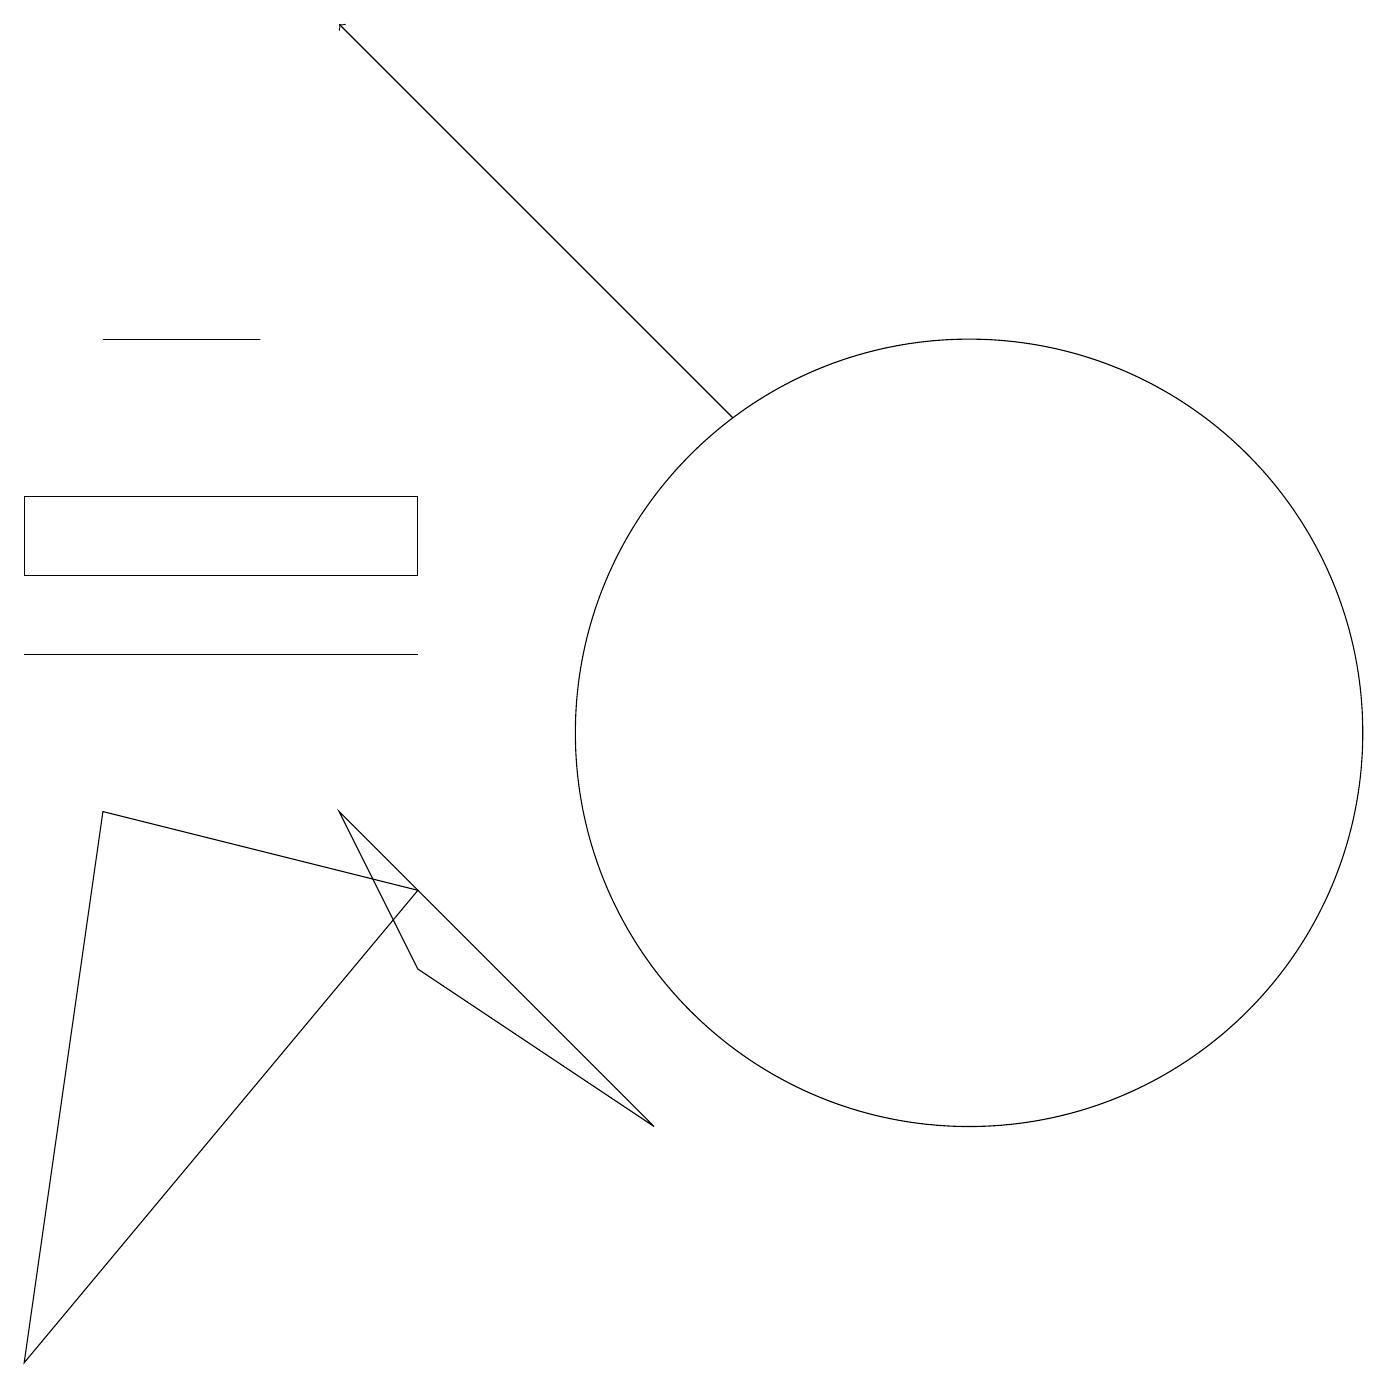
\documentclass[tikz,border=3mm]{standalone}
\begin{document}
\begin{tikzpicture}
\draw (0,13) rectangle (5,12);
\draw (0,2) -- (5,8) -- (1,9) -- cycle;
\draw (5,11) rectangle (0,11);
\draw (5,7) -- (4,9) -- (8,5) -- cycle;
\draw (1,15) rectangle (3,15);
\draw (12,10) circle (5);
\draw[->] (9,14) -- (4,19);
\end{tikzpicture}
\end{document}